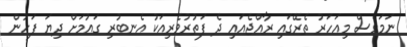
ނަމަވެސް މިއަހަރު ތެރޭގައި ރާއްޖެއައި ދެ ފަތުރުވެރިއަކު އެނބުރި ގައުމަށް ދިޔަ ފަހުން